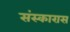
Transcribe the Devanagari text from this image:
संस्कारास